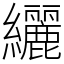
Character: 纚